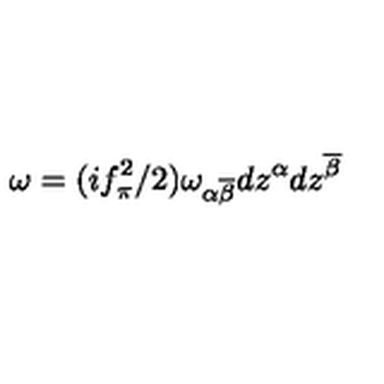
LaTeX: \omega = ( i f _ { \pi } ^ { 2 } / 2 ) \omega _ { \alpha \overline { { \beta } } } d z ^ { \alpha } d z ^ { \overline { { \beta } } }